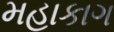
મહાકાગ